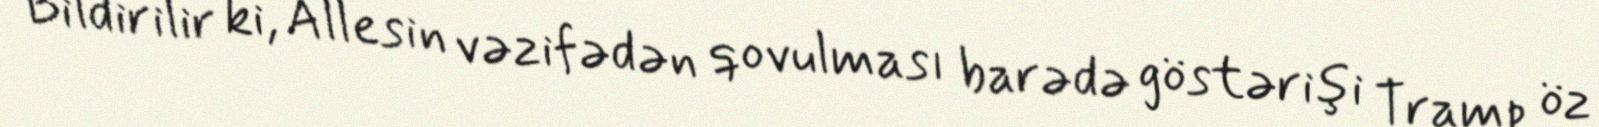
Bildirilir ki, Allesin vəzifədən qovulması barədə göstərişi Tramp öz